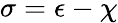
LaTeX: \sigma=\epsilon-\chi